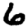
Digit: 6